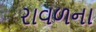
રાવળના